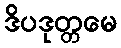
ဒိပဒုတ္တမေ